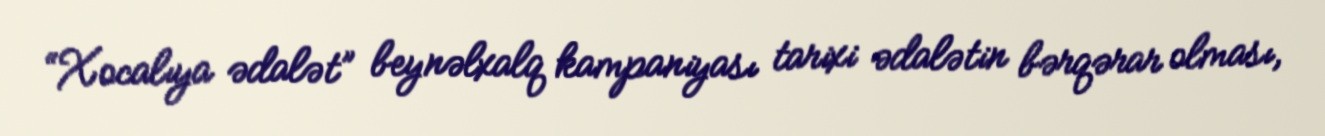
“Xocalıya ədalət” beynəlxalq kampaniyası tarixi ədalətin bərqərar olması,